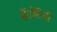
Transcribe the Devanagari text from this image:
सेंटोरिनी